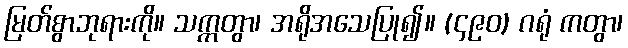
မြတ်စွာဘုရားကို။ သက္ကတွာ၊ အရိုအသေပြု၍။ (၄၉၀) ဂရုံ ကတွာ၊